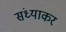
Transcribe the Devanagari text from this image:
संध्याकर